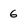
Character: 6